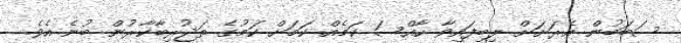
ސަބަބުން އެރަށަށް ލިބިފައިވާ ހާއްސަ ކަމެއް ކަމަށް ކަމުގެ ތަޖުރިބާކާރުން ބުނެ އެވެ.